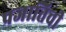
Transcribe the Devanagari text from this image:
प्रजातिची